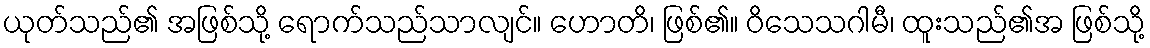
ယုတ်သည်၏ အဖြစ်သို့ ရောက်သည်သာလျင်။ ဟောတိ၊ ဖြစ်၏။ ဝိသေသဂါမီ၊ ထူးသည်၏အ ဖြစ်သို့